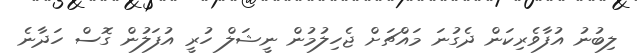
ލިބުނު އުފާވެރިކަން ދެގުނަ މައްޗަށް ޖެހިލުމުން ނީޝަލް ހުރީ އުފަލުން ގޮސް ހަދާނެ